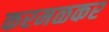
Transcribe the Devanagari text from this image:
करमळकर